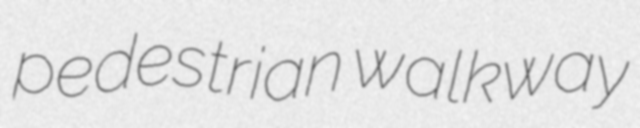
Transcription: pedestrian walkway